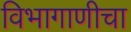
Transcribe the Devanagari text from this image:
विभागाणीचा